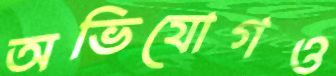
অভিযোগও